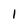
Character: I